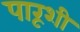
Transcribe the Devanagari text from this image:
पारूशी